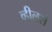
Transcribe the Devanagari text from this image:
व्हीलर्स